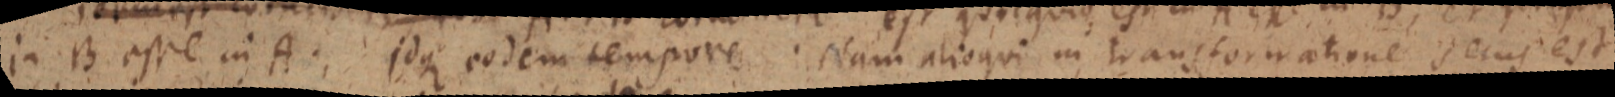
in B esse in A. Idque eodem tempore. Nam alioqui in transformatione secus est